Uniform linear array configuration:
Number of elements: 24
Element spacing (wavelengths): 1
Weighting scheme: exponential
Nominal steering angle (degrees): -15
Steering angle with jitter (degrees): -15.046
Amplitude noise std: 0.05
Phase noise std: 0.05

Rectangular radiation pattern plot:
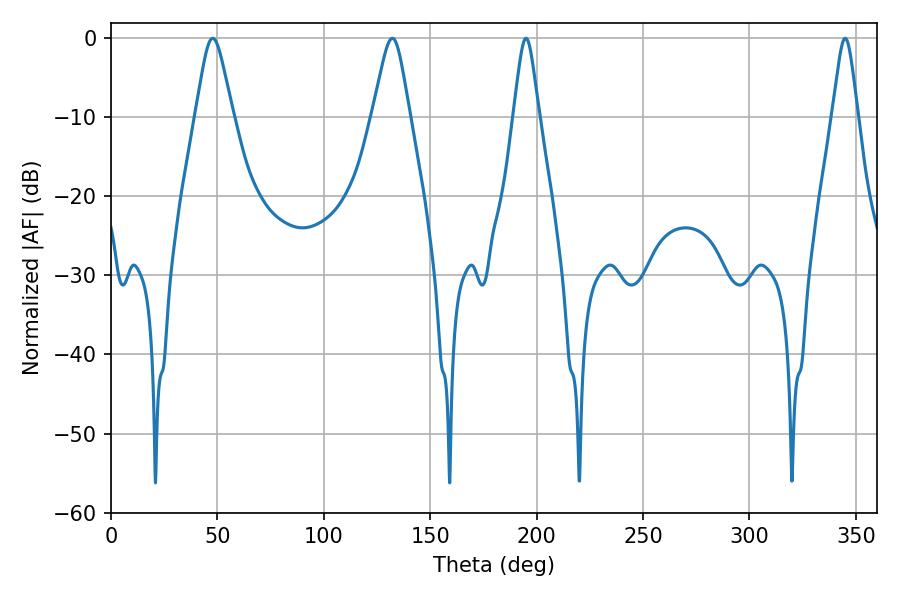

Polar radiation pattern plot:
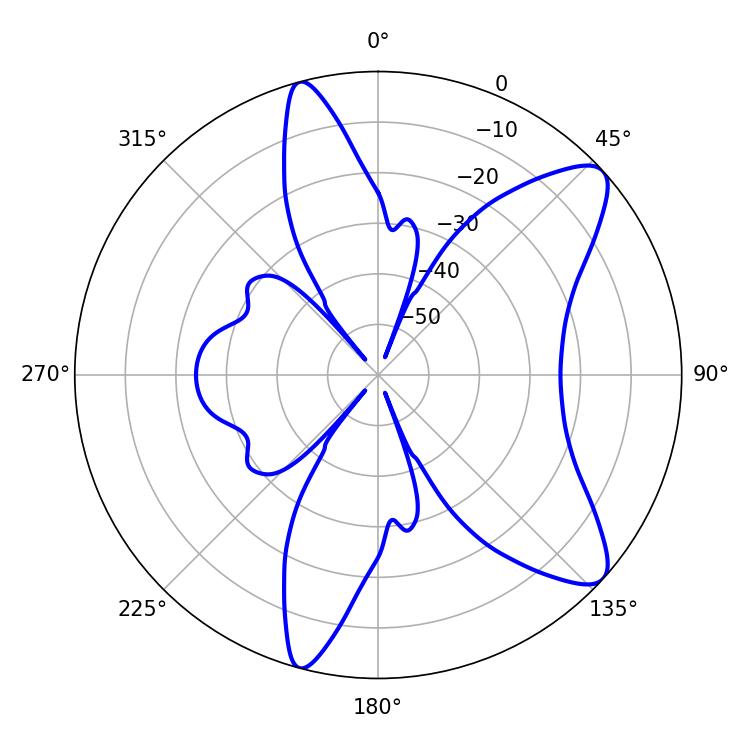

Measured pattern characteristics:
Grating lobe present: TRUE
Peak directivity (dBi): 9.928
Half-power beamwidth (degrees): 8.46
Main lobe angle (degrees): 47.88